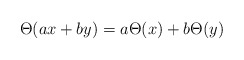
\begin{align*}\Theta(ax+by)=a\Theta(x)+b\Theta(y)\end{align*}